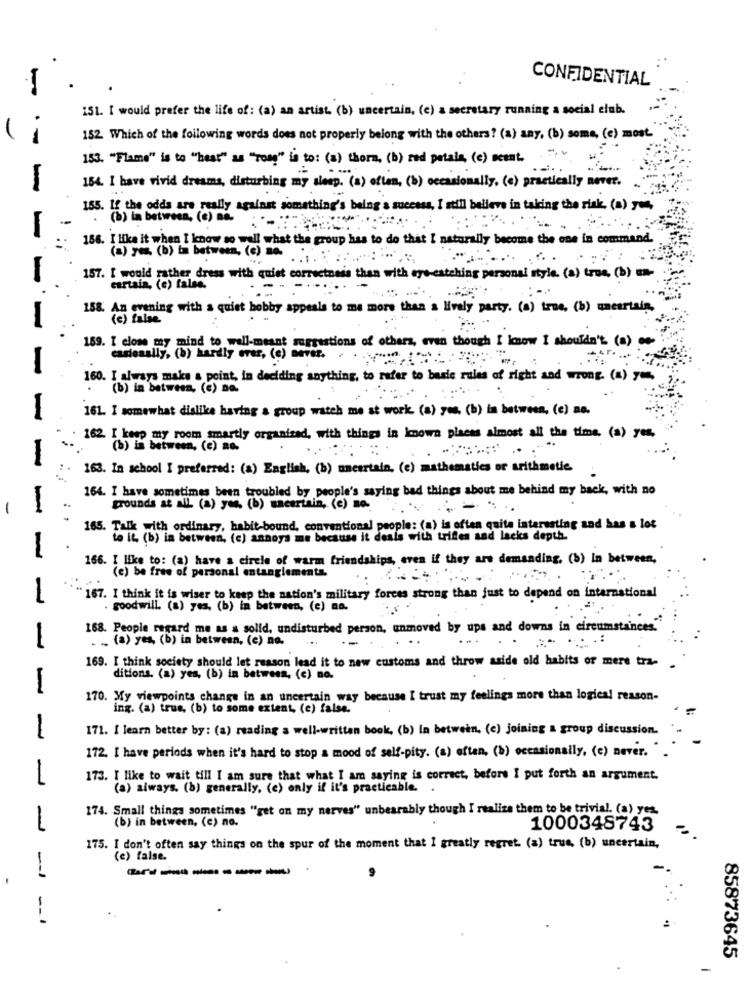
CONFIDENTIAL
151. I would prefer the life of: (a) an artist. (b) uncertain, (e) a secretary running a social club.
152. Which of the following words does not properly belong with the others? (a) any, (b) some, (e) most.
153. "Flame" is to "heat" as "Top" is to: (a) thora, (b) red potala, (e) scent.
154. I have vivid dreams, disturbing my sleep."(a) often, (b) occasionally. (e) practically never.
155. If the odds are really against something's being a success, I still believe in taking the risk, (a) yen,
.-
(b) in between, (e) no.
-
186. I like it when I know so well what the group has to do that I naturally become the one in command.
(2) yes (b) in between, (c) so.
157. [ would rather dress with quiet correctness than with eye-catching personal style. (a) tro. (b) -
cartain, (e) false.
158. An evening with a quiet hobby appeals to me more than a lively party. (a) true, (b) uncertain.
-
159. I close my mind to well-meant suggestions of others, even though I know I shouldn't. (a)
casionally, (b) hardly ever, (c) never.
-
160. I always make a point, in deciding anything, to refer to basic rules of right and wrong. (a) you.
(b) in between, (c) no.
161. I somewhat dislike having a group watch me at work (a) yes. (b) in between, (e) no.
162. I keep my room smartly organized, with things in known places almost all the time. (a) yes,
(b) in between. (e) no.
-
163. In school I preferred: (a) English, (b) uncertain, (e) mathematics or arithmetic.
164. I have sometimes been troubled by people's saying bad things about me behind my back, with no
-
grounds at all. (a) yes, (b) uncertain, (c) no.
165. Talk with ordinary, habit-bound, conventional people: (a) is often quite interesting and has a lot
to it, (b) in between, (c) annoys me because it deals with trifes and lacks depth.
166. I like to: (a) have a circle of warm friendships, even if they are demanding. (b) in between,
(c) be free of personal entanglements.
167. I think it is wiser to keep the nation's military forces strong than just to depend on international
. goodwill. (a) yes, (b) in between, (c) na.
168. People regard me as a solid, undisturbed person, unmoved by ups and downs in circumstances."
. .. (a) yes, (b) in between, (e) no.
...
169. I think society should let reason lead it to new customs and throw aside old habits of mere tra-
ditions. (a) yes, (b) in between, (c) no.
170. My viewpoints change in an uncertain way because I trust my feelings more than logical reason-
ing. (a) trus, (b) to some extent, (c) false.
171. I learn better by: (a) reading a well-written book, (b) in between, (e) joining a group discussion.
172. I have periods when it's hard to stop a mood of self-pity. (a) often, (b) occasionally, (e) never.
1
173. I like to wait till I am sure that what I am saying is correct, before I put forth an argument.
(a) always. (b) generally, (e) only if it's practicable.
174. Small things sometimes "get on my nerves" unbearably though I realize them to be trivial. (a) yes,
-
(b) in between, (c) no.
1000348743
175. I don't often say things on the spur of the moment that I greatly regret. (a) true, (b) uncertain,
(e) false.
-------
--.
85873645
-